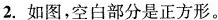
2.如图，空白部分是正方形。